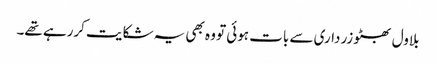
بلاول بھٹو زرداری سے بات ہوئی تو وہ بھی یہ شکایت کررہے تھے۔